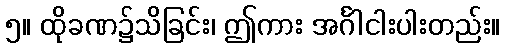
၅။ ထိုခဏ၌သိခြင်း၊ ဤကား အင်္ဂါငါးပါးတည်း။